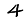
Digit: 4